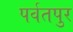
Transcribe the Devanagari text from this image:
पर्वतपुर